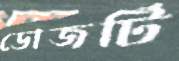
ডোজটি